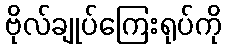
ဗိုလ်ချုပ်ကြေးရုပ်ကို